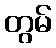
တွမ်